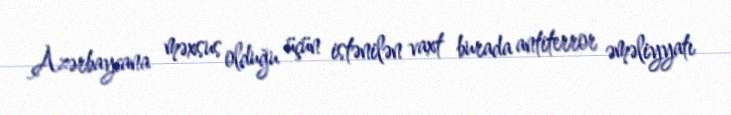
Azərbaycana məxsus olduğu üçün istənilən vaxt burada antiterror əməliyyatı